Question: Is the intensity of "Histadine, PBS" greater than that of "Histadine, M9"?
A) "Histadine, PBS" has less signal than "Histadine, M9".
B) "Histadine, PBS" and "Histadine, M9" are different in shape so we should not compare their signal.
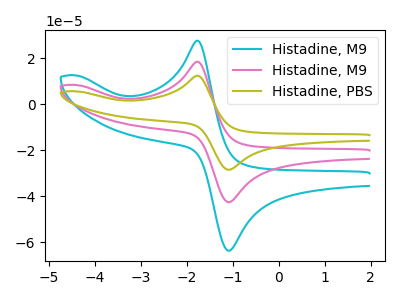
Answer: <think>The cyan curve "Histadine, M9" has an anodic peak at (-1.80V, 36.90uA) and a cathodic peak at (-1.05V, -85.05uA). The pink curve "Histadine, M9" has an anodic peak at (-1.80V, 18.45uA) and a cathodic peak at (-1.05V, -42.50uA). The olive curve "Histadine, PBS" has an anodic peak at (-1.80V, 12.35uA) and a cathodic peak at (-1.05V, -28.45uA).
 All the peaks in "Histadine, PBS" have a peak in "Histadine, M9" at the same potential. Every peak in "Histadine, PBS" is lower than every peak in "Histadine, M9".</think>
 <answer>A) "Histadine, PBS" has less signal than "Histadine, M9".</answer>
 <eval>A</eval>